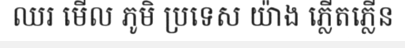
ឈរ មើល ភូមិ ប្រទេស យ៉ាង ភ្លើតភ្លើន